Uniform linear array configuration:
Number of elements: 4
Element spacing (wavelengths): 0.25
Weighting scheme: cosine
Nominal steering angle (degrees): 30
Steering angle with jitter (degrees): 31.123
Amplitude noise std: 0.05
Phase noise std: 0.05

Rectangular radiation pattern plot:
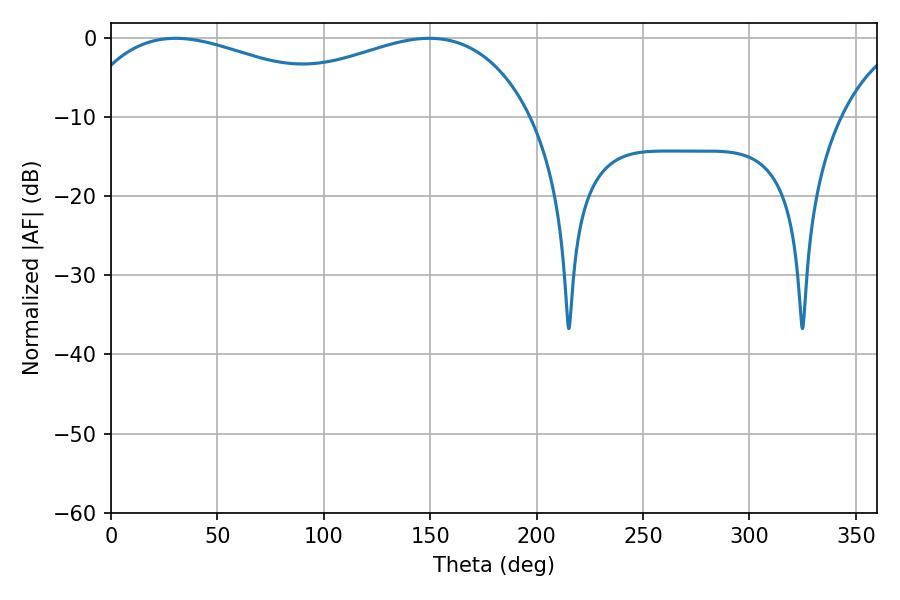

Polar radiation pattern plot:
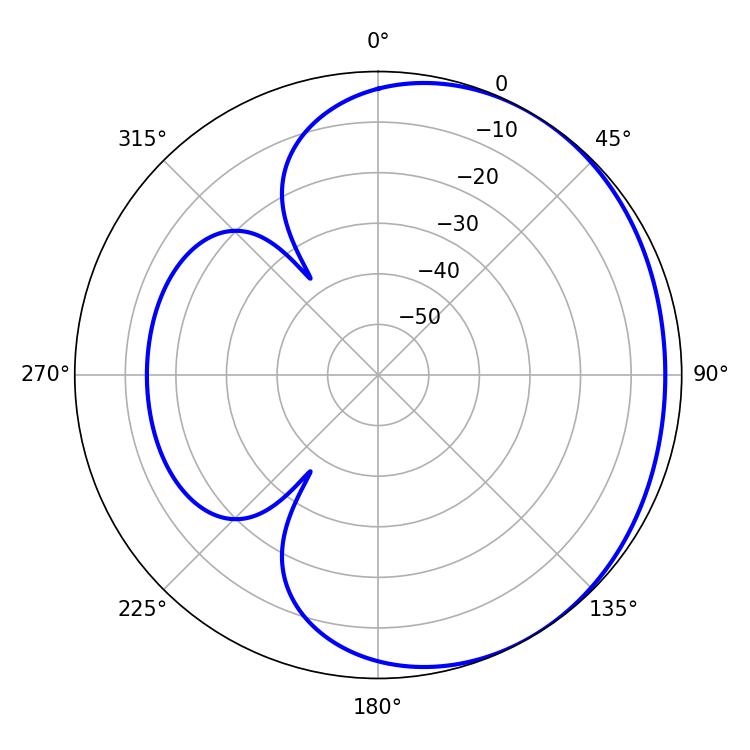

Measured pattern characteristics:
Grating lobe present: FALSE
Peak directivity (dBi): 1.74
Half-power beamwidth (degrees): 77.76
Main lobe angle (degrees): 30.42